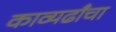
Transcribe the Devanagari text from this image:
काव्यढाँचा